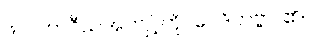
ဖလဘာဂီယအကျင့်ကို။ ဝေဒိတဗ္ဗာ၊ ၏။